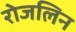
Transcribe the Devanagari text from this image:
रोजलिन